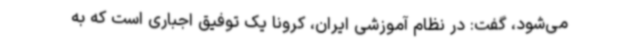
می‌شود، گفت: در نظام آموزشی ایران، کرونا یک توفیق اجباری است که به